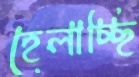
হেলাচ্ছি